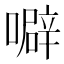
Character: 噼